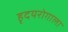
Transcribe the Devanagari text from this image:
हृदयरोगाला